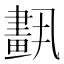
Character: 𦘣